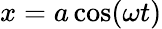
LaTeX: x=a\cos(\omega t)